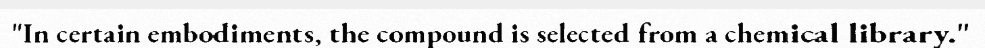
"In certain embodiments, the compound is selected from a chemical library."